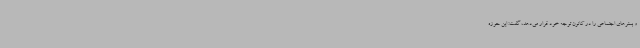
و بسترهای اجتماعی را در کانون توجه خود قرار می‌دهد، گفت: این حوزه